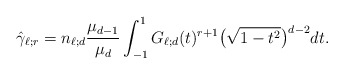
\begin{align*}\hat\gamma_{\ell; r}=n_{\ell;d}\frac{\mu_{d-1}}{\mu_d}\int_{-1}^1 G_{\ell;d}(t)^{r+1} \big(\sqrt{1-t^2}\big)^{d-2} dt.\end{align*}